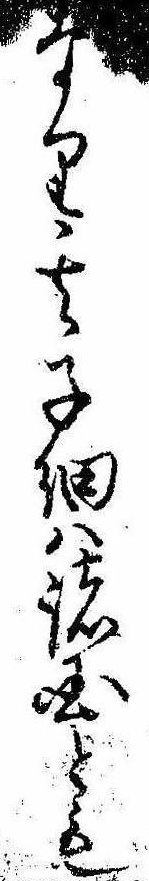
なり其子細は諸国とも